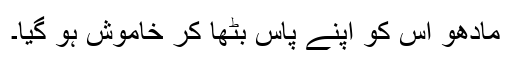
مادھو اُس کو اپنے پاس بٹھا کر خاموش ہو گیا۔